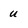
Character: u